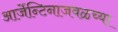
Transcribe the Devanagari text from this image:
आर्जेन्टिनाजवळच्या